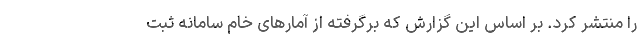
را منتشر کرد. بر اساس این گزارش که برگرفته از آمارهای خام سامانه ثبت